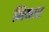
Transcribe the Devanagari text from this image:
निकार